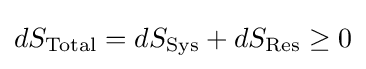
dS_{\text{Total}}=dS_{\text{Sys}}+dS_{\text{Res}}\geq 0